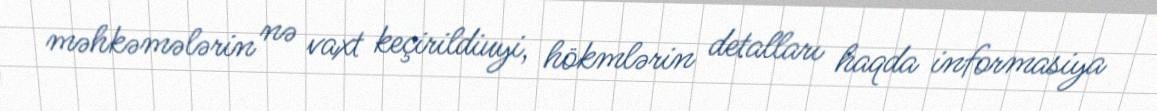
məhkəmələrin nə vaxt keçirildiuyi, hökmlərin detalları haqda informasiya